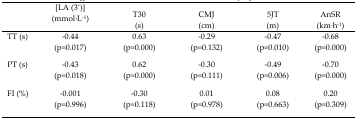
|  | [LA (3′)] (mmol·L−1) | T30 (s) | CMJ (cm) | 5JT (m) | AnSR (km·h−1) |
 | --- | --- | --- | --- | --- | --- |
 | TT (s) | −0.44 (p=0.017) | 0.63 (p=0.000) | −0.29 (p=0.132) | −0.47 (p=0.010) | −0.68 (p=0.000) |
 | PT (s) | −0.43 (p=0.018) | 0.62 (p=0.000) | −0.30 (p=0.111) | −0.49 (p=0.006) | −0.70 (p=0.000) |
 | FI (%) | −0.001 (p=0.996) | −0.30 (p=0.118) | 0.01 (p=0.978) | 0.08 (p=0.663) | 0.20 (p=0.309) |